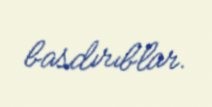
basdırıblar.